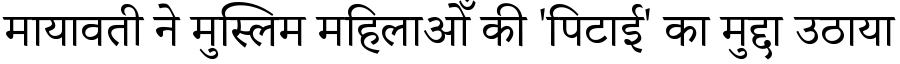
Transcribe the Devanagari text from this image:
मायावती ने मुस्लिम महिलाओँ की 'पिटाई' का मुद्दा उठाया